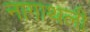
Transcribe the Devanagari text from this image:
नागाथली